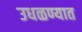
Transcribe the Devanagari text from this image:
उधळण्यात